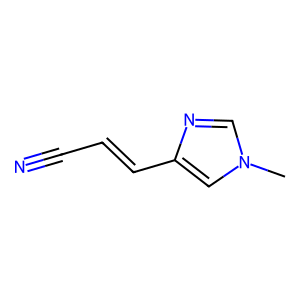
SMILES: Cn1cnc(C=CC#N)c1
Inhibits HIV replication: No